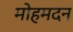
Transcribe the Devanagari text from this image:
मोहमदन